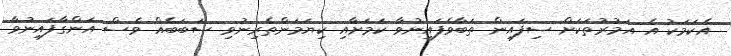
އެކަމަކު އެ އަމުރުތަކަށް ސިފައިން ތަބާވެފައިނުވާ ކަމަށާއި ކިޔަމަންތެރިނުވި ސަބަބެއް ވެސް އަންގާފައިނުވާ